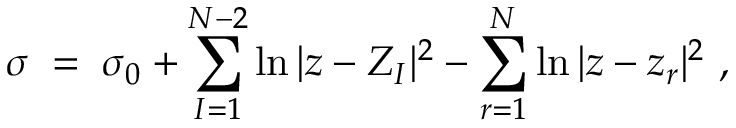
\sigma \; = \; \sigma _ { 0 } + \sum _ { I = 1 } ^ { N - 2 } \ln | z - Z _ { I } | ^ { 2 } - \sum _ { r = 1 } ^ { N } \ln | z - z _ { r } | ^ { 2 } \ ,